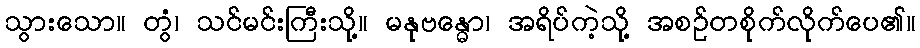
သွားသော။ တွံ၊ သင်မင်းကြီးသို့။ မနုဗန္ဓော၊ အရိပ်ကဲ့သို့ အစဉ်တစိုက်လိုက်ပေ၏။